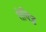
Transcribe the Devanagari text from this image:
तेविज्ज